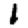
Digit: 1